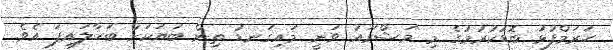
ޙަރަމްފުޅު ބޮޑުކުރުމުގެ މި މަޝްރޫއު ވަނީ މައިގަނޑު ތިން ބަޔަކަށް ބަހާލައިފަ އެވެ.